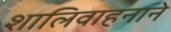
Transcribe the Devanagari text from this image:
शालिवाहनाने